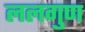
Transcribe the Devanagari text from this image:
ललगुण